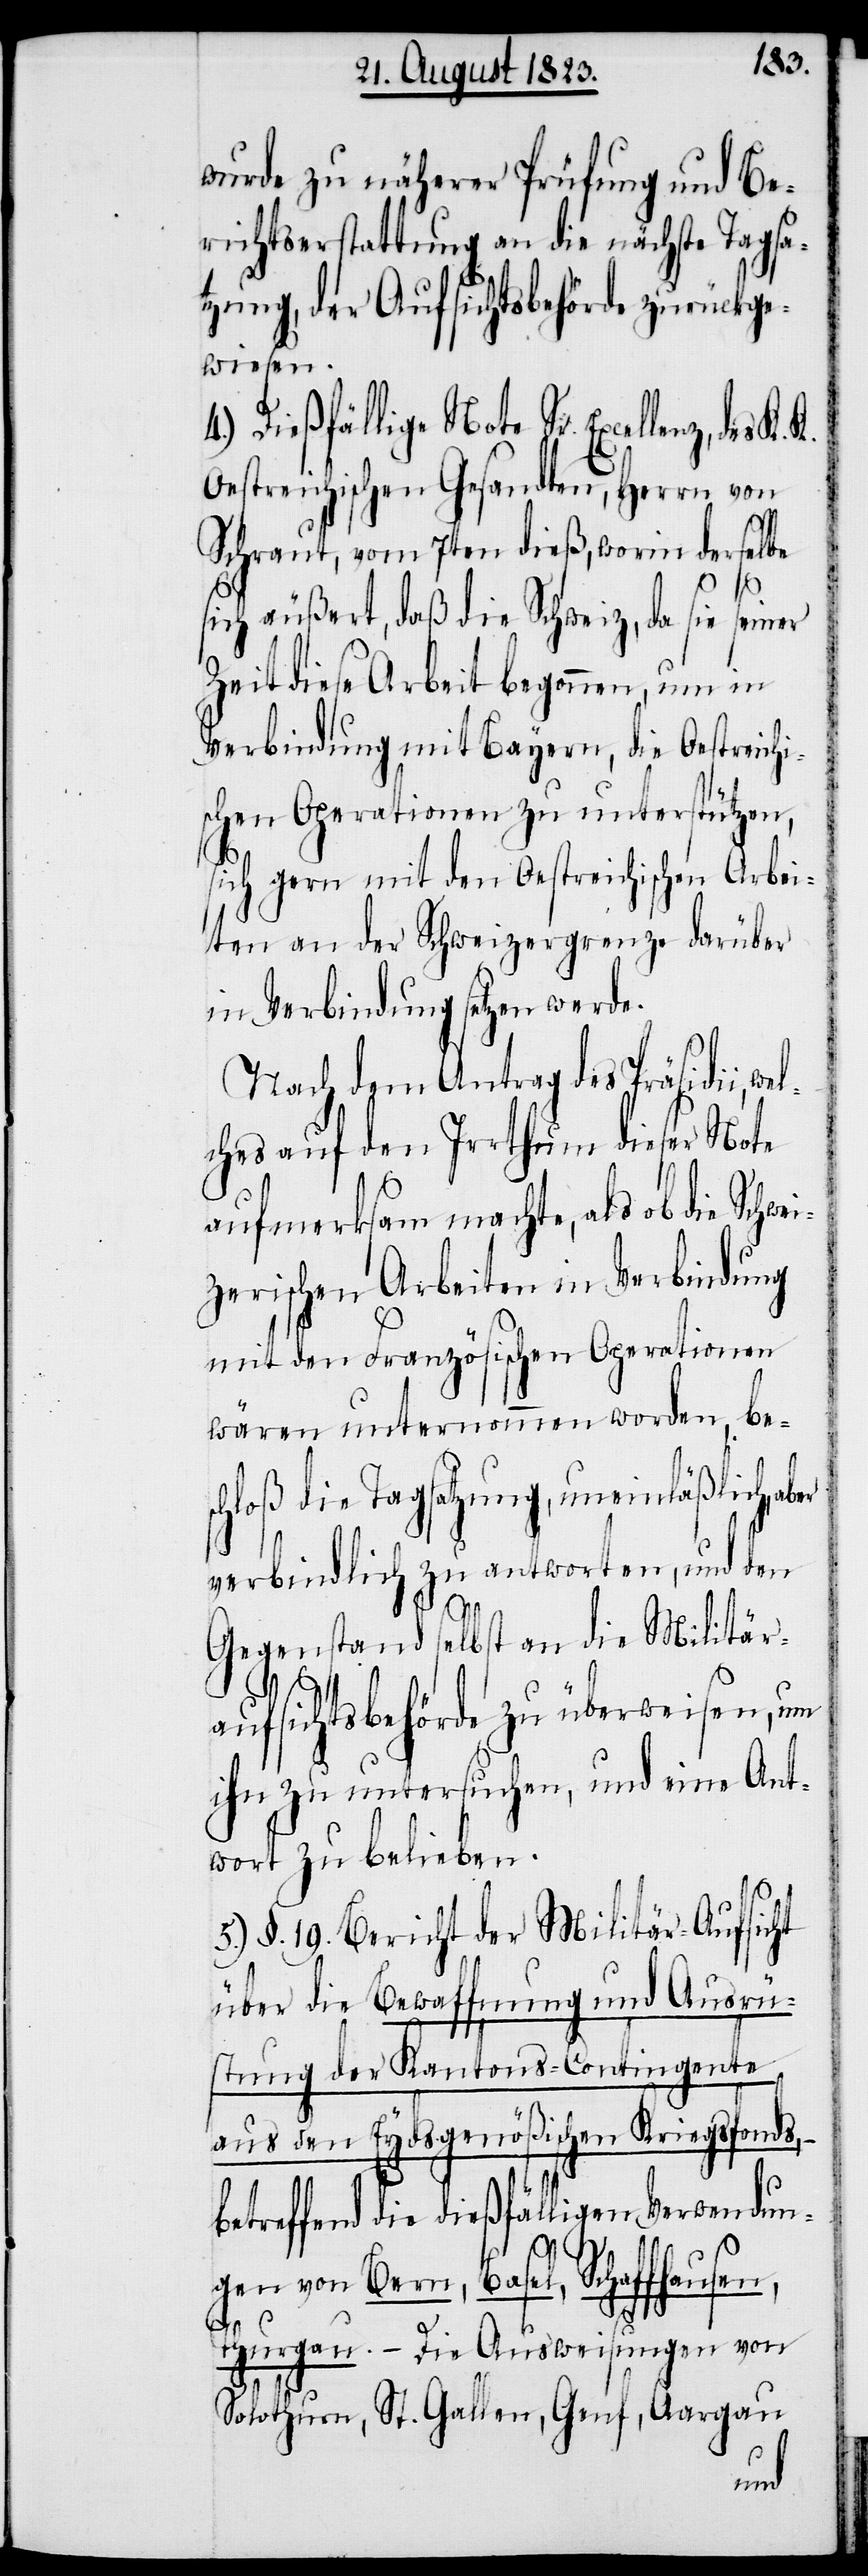
wurde zu näherer Prüfung und Be¬
richtserstattung an die nächste Tagsa¬
tzung, der Aufsichtsbehörde zurückge¬
wiesen.
4.) Dießfällige Note Sr. Excellenz, des K.
Oestreichischen Gesandten, Herrn von
Schraut, vom 7ten dieß, worin derselbe
sen,
sich äußert, daß die Schweiz, da sie seiner
Zeit diese Arbeit begonnen, um in
Verbindung mit Bayern, die Oestreichi¬
schen Operationen zu unterstützen,
sich gern mit den Oestreichischen Arbei¬
ten an der Schweizergrenze darüber
in Verbindung setzten werde.
Nach dem Antrag des Präsidii,
ches auf den Irrthum dieser Note
aufmerksam machte, als ob die Schw¬
zerischen Arbeiten in Verbindung
mit den Französischen Operationen
wären unternommen worden, bes¬
chloß die Tagsatzung, uneinläßlich, a¬
verbindlich zu antworten, und den
Gegenstand selbst an die Militär¬
aufsichtsbehörde zu überweisen, um
ihn zu untersuchen, und eine Ant¬
wort zu belieben.
5.) §. 19. Bericht der Militär-Aufsicht
über die Bewaffnung und Ausrü¬
stung der Kantons-Contingente
aus den Eydsgenößischen Kriegsfonds,
etreffend die dießfälligen Verwendun¬
gen von Bern, Basel, Schaffhau¬
Thurgau. – Die Ausweisungen von
Solothurn, St. Gallen, Genf, Aargau